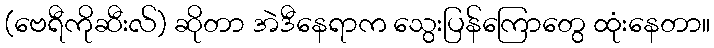
(ဗေရီကိုဆီးလ်) ဆိုတာ အဲဒီနေရာက သွေးပြန်ကြောတွေ ထုံးနေတာ။